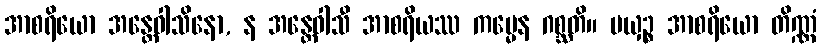
အာစရိယော အန္တေဝါသိနော, န အန္တေဝါသီ အာစရိယဿ ကမ္မေန ဂစ္ဆတိ။ မယှဉ္စ အာစရိယော တိဏ္ဏံ